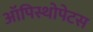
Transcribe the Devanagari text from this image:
ऑपिस्थोपेटस